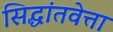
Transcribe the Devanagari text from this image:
सिद्धांतवेत्ता